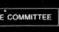
committee